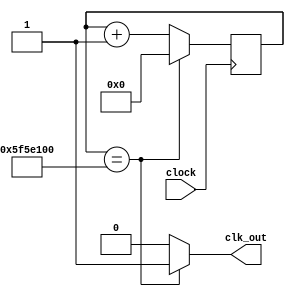
`timescale 1ns / 1ps
//////////////////////////////////////////////////////////////////////////////////
// Company: 
// Engineer: 
// 
// Design Name: 
// Module Name: divider_1Hz
// Project Name: 
// Target Devices: 
// Tool Versions: 
// Description: 
// 
// Dependencies: 
// 
// Revision:
// Revision 0.01 - File Created
// Additional Comments:
// 
//////////////////////////////////////////////////////////////////////////////////


module divider_1Hz(
    input clock,
    output clk_out
    );
    reg elapsed;
    reg [27:0] state;
    
    always @(posedge clock)
        if (state == 100000000)state <= 0;
        else state <= state+1;
    always @(state)
        if(state == 100000000)elapsed = 1;
        else elapsed = 0;
    assign clk_out = elapsed;
endmodule